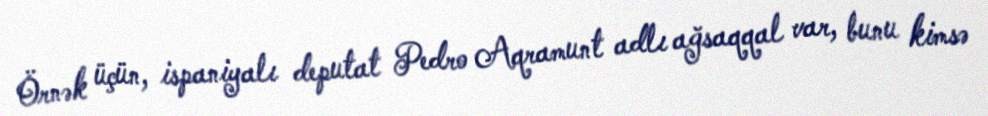
Örnək üçün, ispaniyalı deputat Pedro Aqramunt adlı ağsaqqal var, bunu kimsə